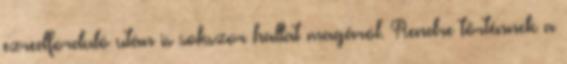
ezredforduló után is sokszor hallat magáról. Rendre történnek a